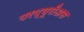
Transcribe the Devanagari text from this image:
परप्यूरीअस